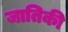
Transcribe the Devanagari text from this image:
जातिकी